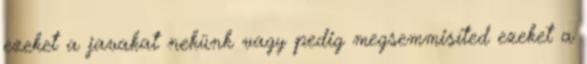
ezeket a javakat nekünk vagy pedig megsemmisíted ezeket a